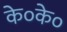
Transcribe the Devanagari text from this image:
के०के०